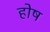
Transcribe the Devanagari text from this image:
होष